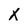
Character: X